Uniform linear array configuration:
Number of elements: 32
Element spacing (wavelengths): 0.25
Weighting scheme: binomial
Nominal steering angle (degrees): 30
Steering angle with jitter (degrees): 30.225
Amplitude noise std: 0.05
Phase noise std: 0.05

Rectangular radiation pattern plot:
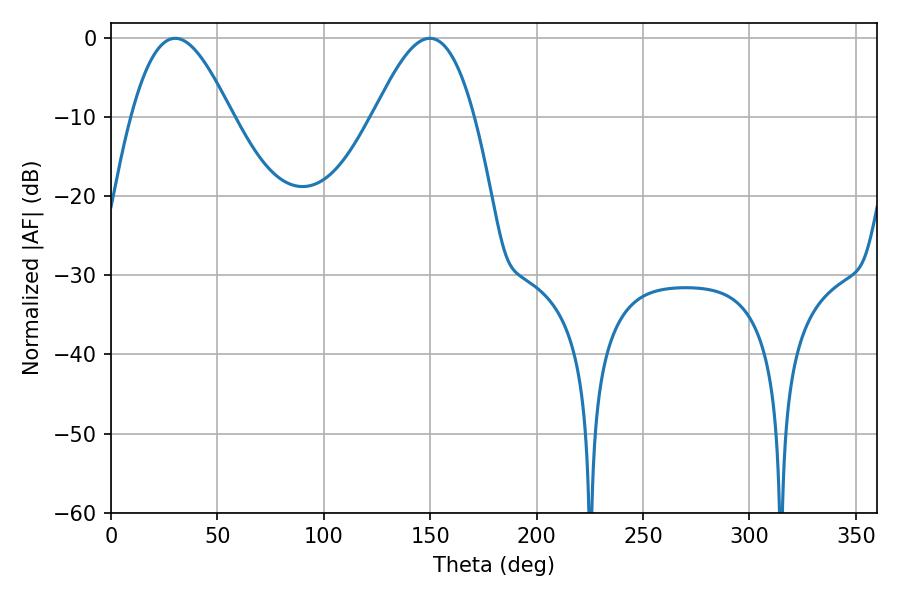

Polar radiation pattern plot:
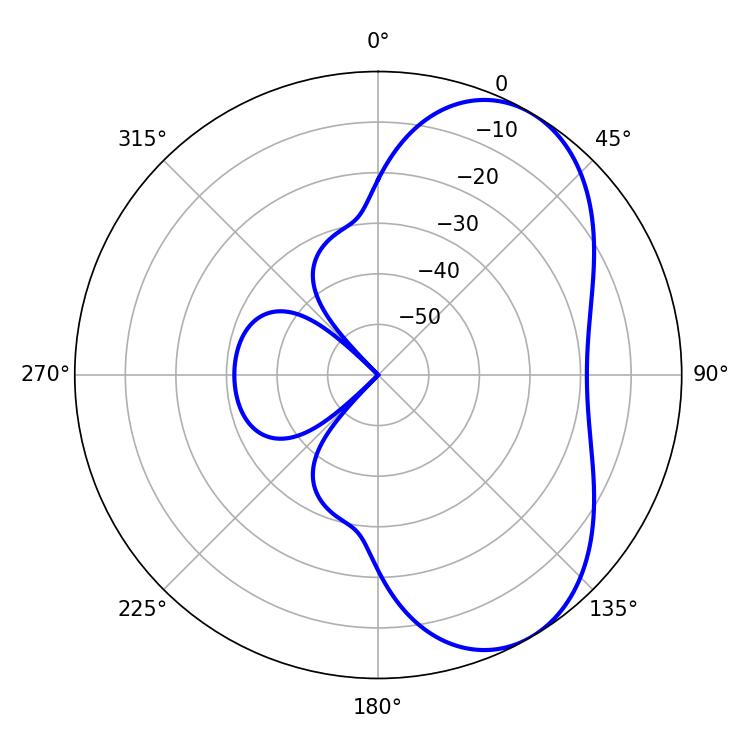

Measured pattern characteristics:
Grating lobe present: FALSE
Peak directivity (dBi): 5.827
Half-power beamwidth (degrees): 25.38
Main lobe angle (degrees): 30.24